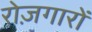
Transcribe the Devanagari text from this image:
रोज़गारों